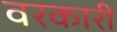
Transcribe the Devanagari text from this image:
वरकारी